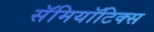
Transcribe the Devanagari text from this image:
सॅमियॉटिक्स